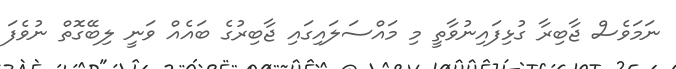
ނަމަވެސް ޖާބިރާ ގުޅިފައިނުވާތީ މި މައްސަލައިގައި ޖާބިރުގެ ބައެއް ވަނީ ލިބޭގޮތް ނުވެފަ